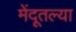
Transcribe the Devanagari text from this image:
मेंदूतल्या